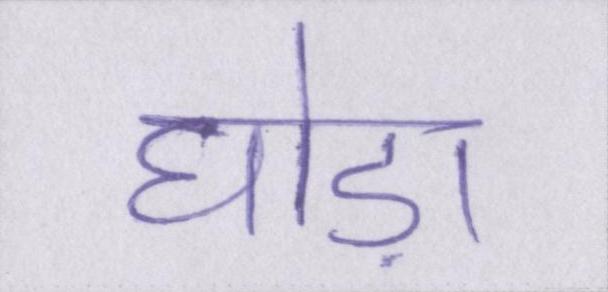
घोड़ा